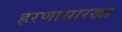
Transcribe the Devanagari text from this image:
हरणासारखा